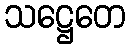
သဋ္ဌေတေ